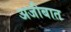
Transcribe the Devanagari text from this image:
अजीबात